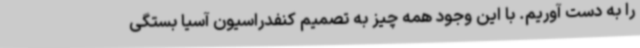
را به دست آوریم. با این وجود همه چیز به تصمیم کنفدراسیون آسیا بستگی